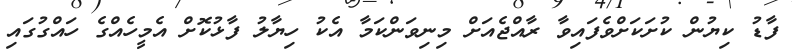
ފާޑު ކިޔުން ކުށަކަށްވެފައިވާ ރާއްޖެއަށް މިނިވަންކަމާ އެކު ހިޔާލު ފާޅުކޮށް އެމީހެއްގެ ހައްގުގައި